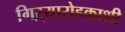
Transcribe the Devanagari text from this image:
गिऱ्यारोहकाशी